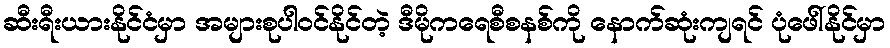
ဆီးရီးယားနိုင်ငံမှာ အများစုပါဝင်နိုင်တဲ့ ဒီမိုကရေစီစနစ်ကို နောက်ဆုံးကျရင် ပုံဖေါ်နိုင်မှာ